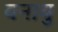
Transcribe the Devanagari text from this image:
वनायु